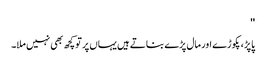
''
پاپڑ، پکوڑے اور مال پڑے بناتے ہیں یہاں پر تو کچھ بھی نہیں ملا۔